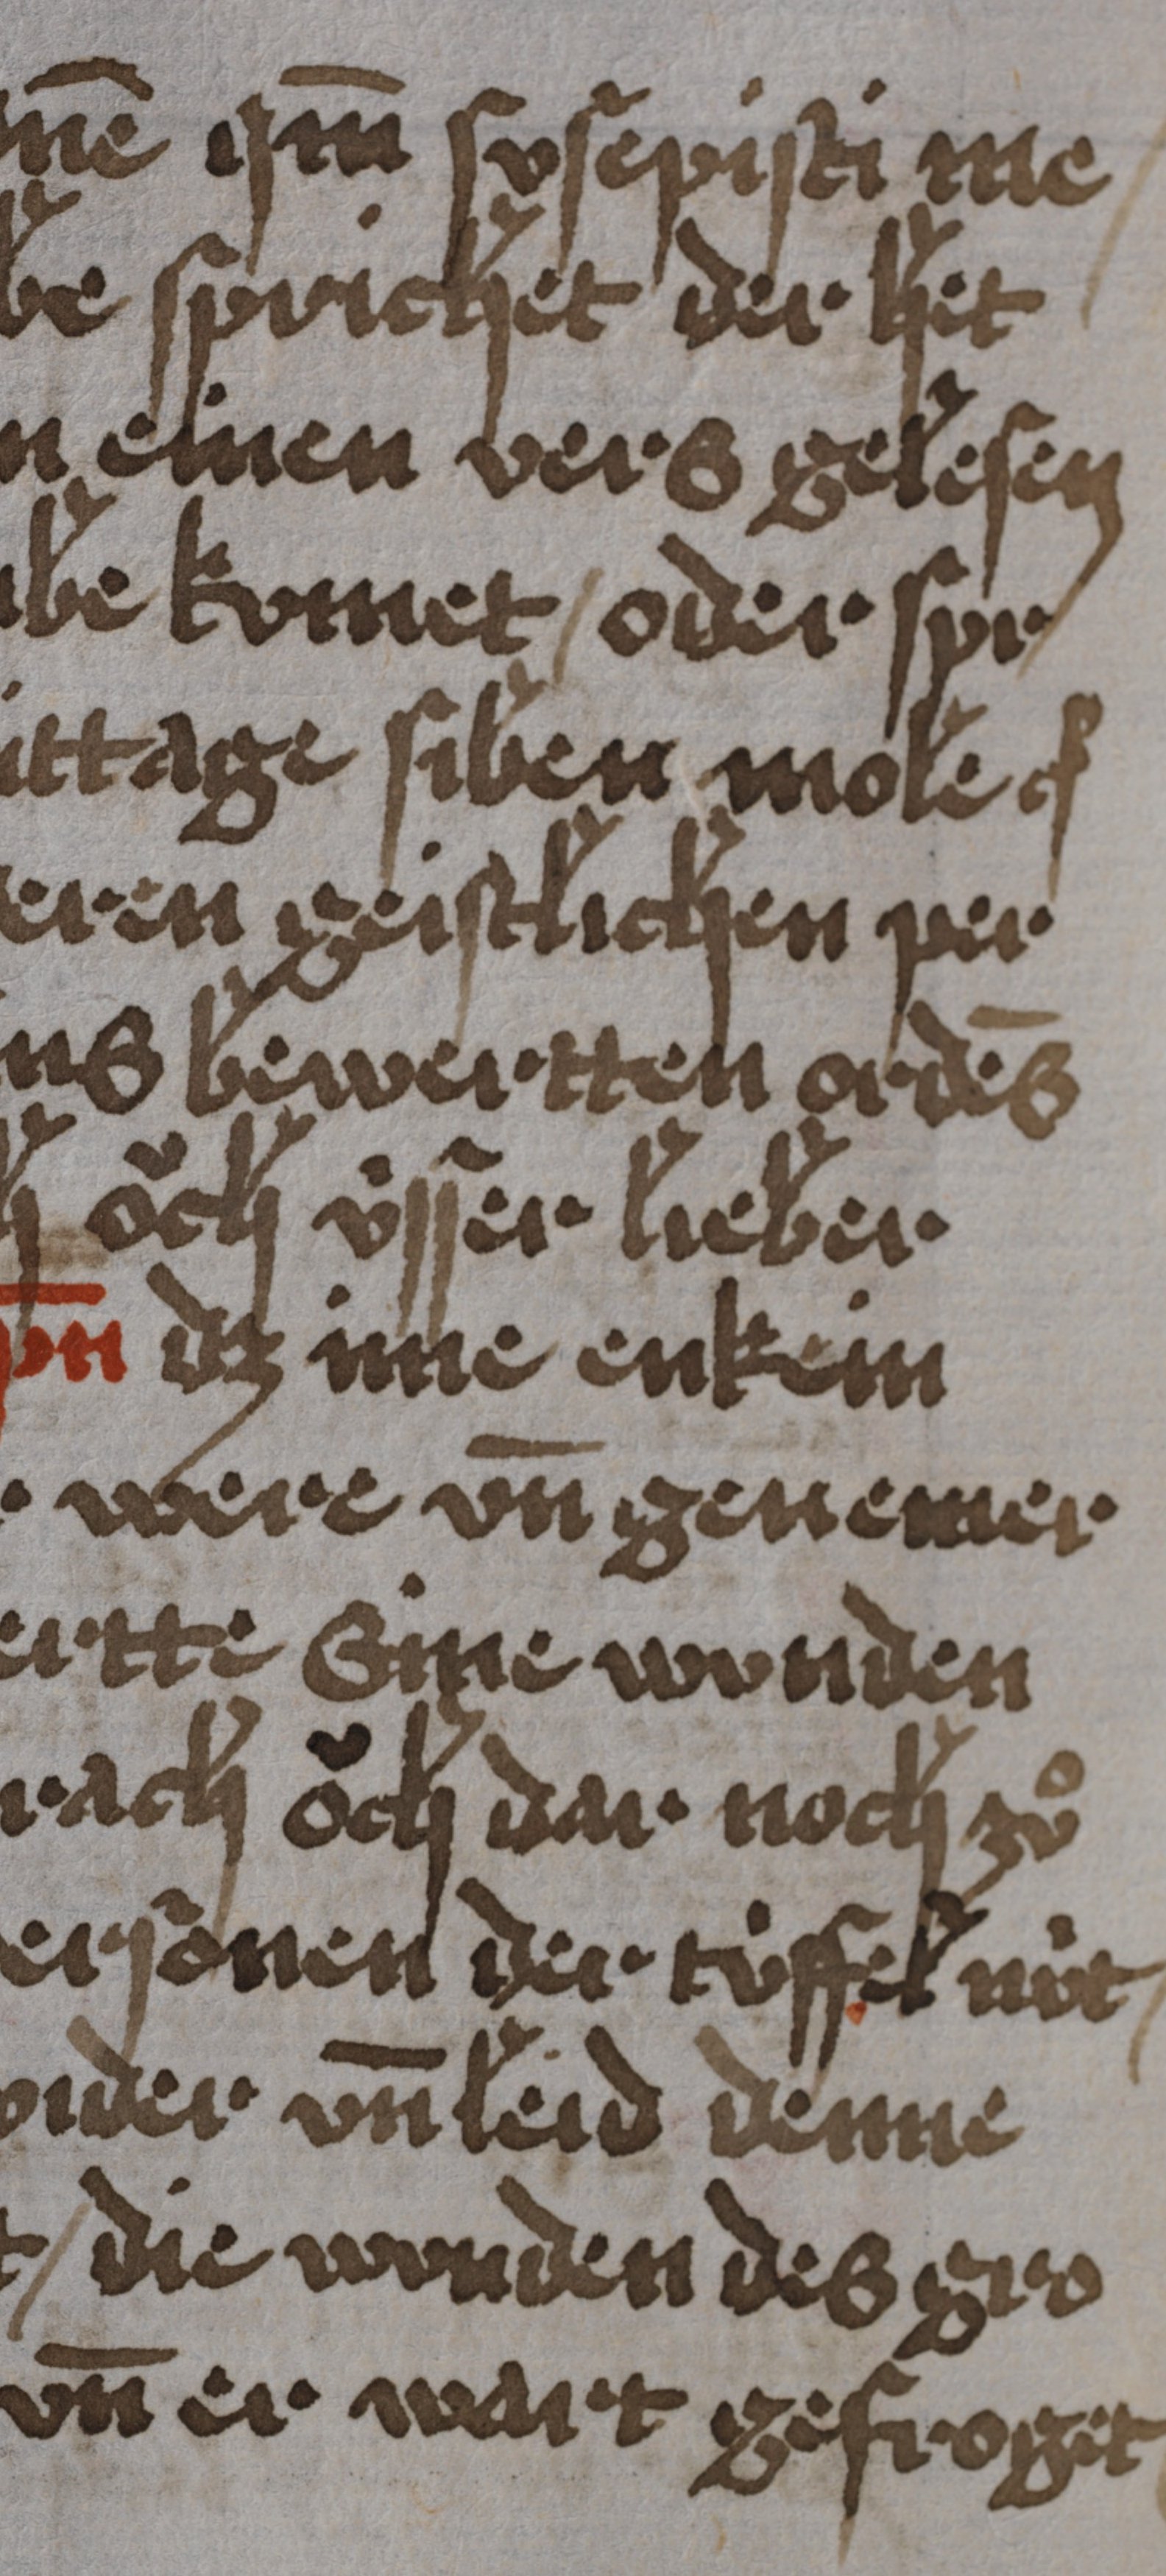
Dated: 1450–1499